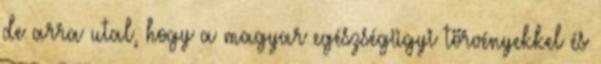
de arra utal, hogy a magyar egészségügyi törvényekkel és